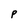
Character: p